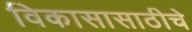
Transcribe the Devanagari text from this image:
विकासासाठीचे